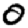
Digit: 0